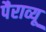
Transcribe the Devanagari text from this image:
पैराव्यू